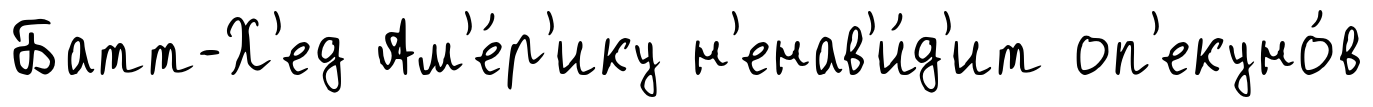
Батт-Х'ед Ам'е́р'ику н'енав'и́д'ит оп'екуно́в